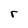
Character: r